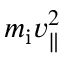
m _ { \mathrm { i } } v _ { \parallel } ^ { 2 }